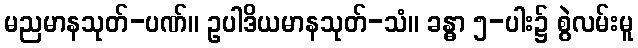
မညမာနသုတ်-ပဏ်။ ဥပါဒိယမာနသုတ်-သံ။ ခန္ဓာ ၅-ပါး၌ စွဲလမ်းမူ